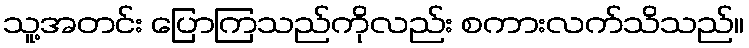
သူ့အတင်း ပြောကြသည်ကိုလည်း စကားလက်သိသည်။